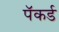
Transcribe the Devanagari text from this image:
पॅकर्ड